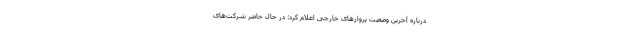
درباره آخرین وضعیت پروازهای خارجی اعلام کرد: در حال حاضر شرکت‌های